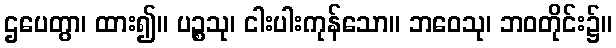
ဌပေတွာ၊ ထား၍။ ပဉ္စသု၊ ငါးပါးကုန်သော။ ဘဝေသု၊ ဘဝတိုင်း၌။